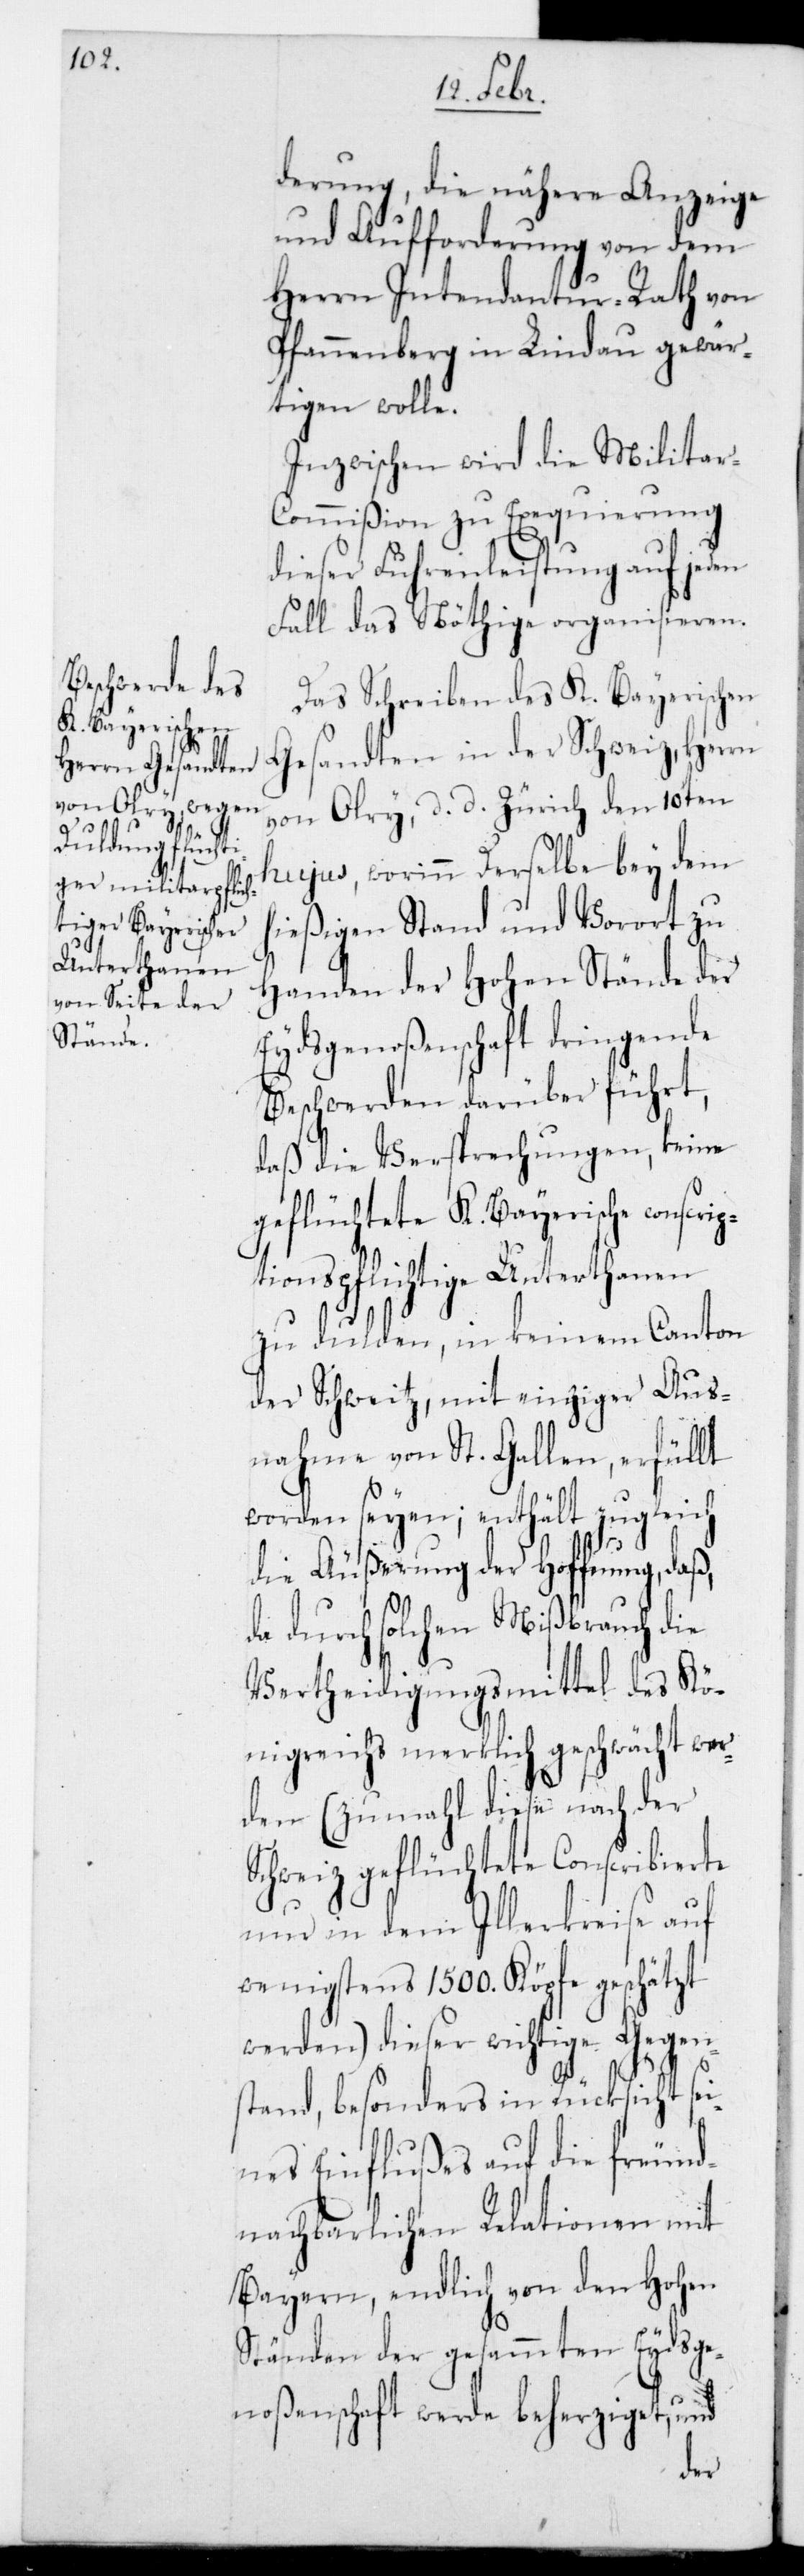
derung die nähere Anzeige
und Aufforderung von dem
Herrn Intendantur-Rath von
Spannenberg in Lindau gewär¬
tigen wolle.
Inzwischen wird die Militar-C¬
ommißion zu Exequierung
dieser Fuhrleistung auf jeden
Fall das Nöthige organisieren.
Das Schreiben des K. Bayerischen
Gesandten in der Schweiz, Herrn
von Olry, d. d. Zürich den 10ten
hujus, worinn derselbe bey dem
hießigen Stand und Vorort zu
Handen der Hohen Stände der
Eydsgenoßenschaft dringende
Beschwerden darüber führt,
daß die Versprechungen, keine
geflüchtete K. Bayerische con¬
ptionspflichtige Unterthanen
zu dulden, in keinem Canton
der Schweiz, mit einziger Aus¬
nahme von St. Gallen, erfüllt
worden seyen; enthält zugleich
die Äußerung der Hoffnung, daß
da durch solchen Mißbrauch die
Vertheidigungsmittel des Kö¬
nigreichs merklich geschwächt wer¬
den (zumahl diese nach der
Schweiz geflüchtete Conscribierte
nur in dem Illerkreise auf
wenigstens 1500. Köpfe geschätzt
werden) dieser wichtige Gegen¬
stand, besonders in Rücksicht se¬
ines Einflußes auf die freund¬
nachbarlichen Relationen mit
Bayern, endlich von den Hohen
Ständen der gesamten Eydsge¬
noßenschaft werde beherziget, und
scri¬